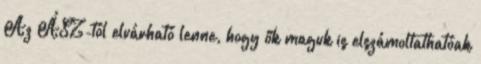
Az ÁSZ-tól elvárható lenne, hogy ők maguk is elszámoltathatóak